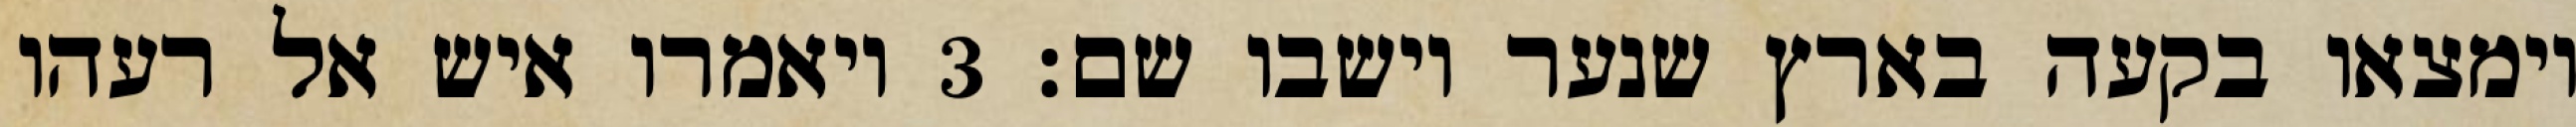
וימצאו בקעה בארץ שנער וישבו שם׃ ‎3‏ ויאמרו איש אל רעהו